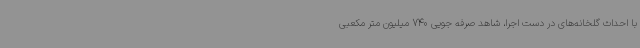
با احداث گلخانه‌های در دست اجرا، شاهد صرفه جویی 740 میلیون متر مکعبی